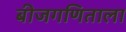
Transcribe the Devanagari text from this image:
बीजगणिताला